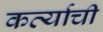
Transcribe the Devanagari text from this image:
कर्त्याची